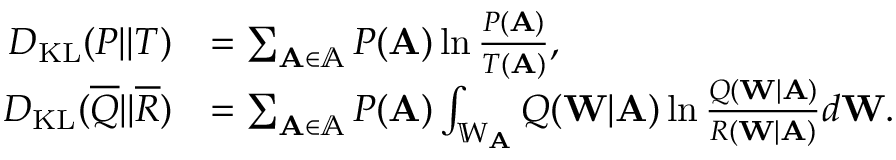
\begin{array} { r l } { D _ { \mathrm { K L } } ( P | | T ) } & { = \sum _ { \mathbf { A } \in \mathbb { A } } P ( \mathbf { A } ) \ln \frac { P ( \mathbf { A } ) } { T ( \mathbf { A } ) } , } \\ { D _ { \mathrm { K L } } ( \overline { { Q } } | | \overline { { R } } ) } & { = \sum _ { \mathbf { A } \in \mathbb { A } } P ( \mathbf { A } ) \int _ { \mathbb { W } _ { \mathbf { A } } } Q ( \mathbf { W } | \mathbf { A } ) \ln \frac { Q ( \mathbf { W } | \mathbf { A } ) } { R ( \mathbf { W } | \mathbf { A } ) } d \mathbf { W } . } \end{array}